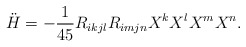
\begin{align*}\ddot H = -\frac{1}{45} R_{ikjl}R_{imjn} X^kX^lX^mX^n.\end{align*}